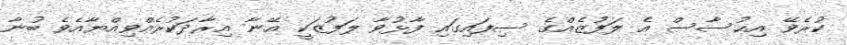
ކުރެވޭ އިޙުސާސް އެ ލަފުޒެއްގެ ސިފައިގައި ފާޅުވާ ލަފުޒަކީ އޭނާ އިރާދަކުރެއްވިއްޔާއެވެ ބުނާ